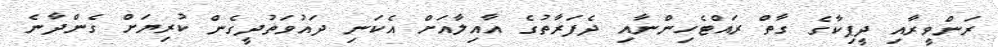
ރަންވީރާއި ދީޕިކާގެ ގާތް ރައްޓެހިންނާއި ދެފަރާތުގެ އާއިލާއަށް އެކަނި ދައުވަތުދީގެން ކުރިޔަށް ގެންދާނެ